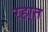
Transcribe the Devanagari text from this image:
रहा्त